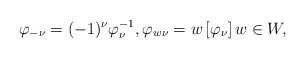
\begin{align*}\varphi_{-\nu} = (-1)^\nu \varphi_\nu^{-1}, \varphi_{w\nu} = w\left[\varphi_\nu\right] w\in W, \end{align*}